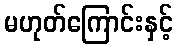
မဟုတ်ကြောင်းနှင့်